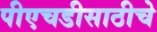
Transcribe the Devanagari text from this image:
पीएचडीसाठीचे